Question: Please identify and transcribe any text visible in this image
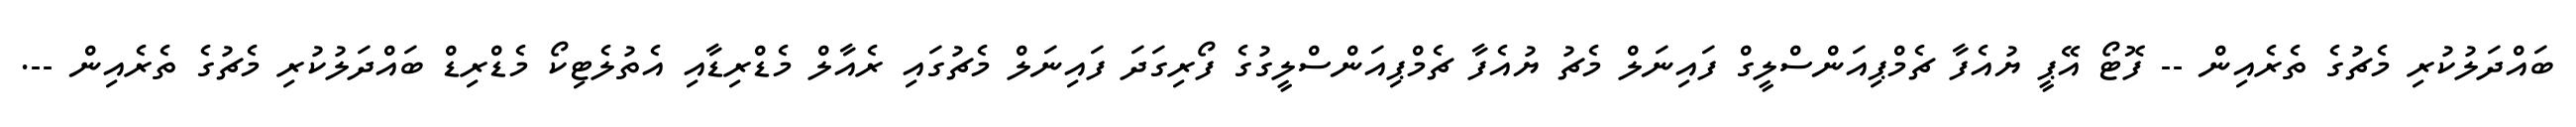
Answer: ބައްދަލުކުރި މެޗުގެ ތެރެއިން -- ފޮޓޯ އޭޕީ ޔުއެފާ ޗެމްޕިއަންސްލީގް ފައިނަލް މެޗު ޔުއެފާ ޗެމްޕިއަންސްލީގުގެ ފޯރިގަދަ ފައިނަލް މެޗުގައި ރެއާލް މެޑްރިޑާއި އެތުލެޓިކޯ މެޑްރިޑް ބައްދަލުކުރި މެޗުގެ ތެރެއިން --.